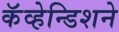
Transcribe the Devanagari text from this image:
कॅव्हेन्डिशने